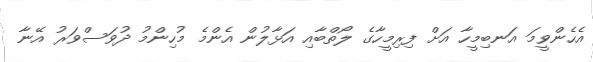
އެހެންވީމަ އަނބިމީހާ އަށް ފިރިމީހާގެ ލޯތްބާއި އަޅާލުން އެންމެ މުހިންމު ދުވަސްވަރު އޭނާ